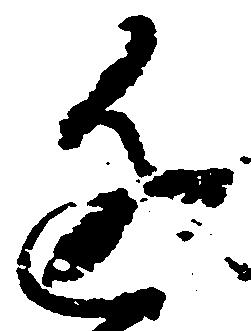
近